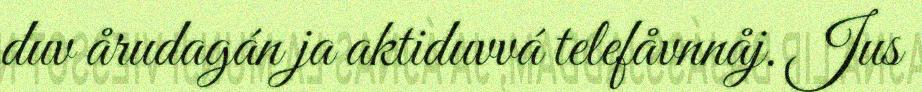
duv årudagán ja aktiduvvá telefåvnnåj. Jus